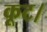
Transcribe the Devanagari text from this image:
कूट।